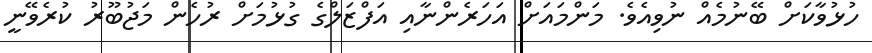
ހުޅުވާކަށް ބޭނުމެއް ނުވިއެވެ. މަންމައަށް އަހަރެންނާއި އަފްޒަލްގެ ގުޅުމަށް ރުހެން މަޖުބޫރު ކުރެވޭނީ